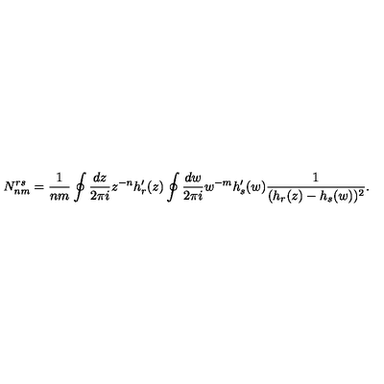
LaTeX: N _ { n m } ^ { r s } = \frac { 1 } { n m } \oint \frac { d z } { 2 \pi i } z ^ { - n } h _ { r } ^ { \prime } ( z ) \oint \frac { d w } { 2 \pi i } w ^ { - m } h _ { s } ^ { \prime } ( w ) \frac { 1 } { ( h _ { r } ( z ) - h _ { s } ( w ) ) ^ { 2 } } .